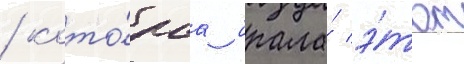
/ кото́раа брала́ э́тот